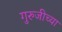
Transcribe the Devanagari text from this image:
गुरुजीच्या